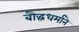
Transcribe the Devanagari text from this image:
बौद्धधर्माने